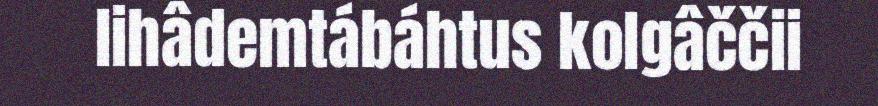
lihâdemtábáhtus kolgâččii